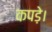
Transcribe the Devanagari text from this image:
कपड़े।